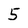
Character: 5